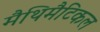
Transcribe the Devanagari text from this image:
मैथिमैटिकल